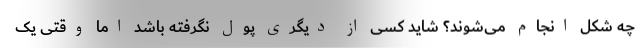
چه شکل انجام می‌شوند؟ شاید کسی از دیگری پول نگرفته باشد اما وقتی یک